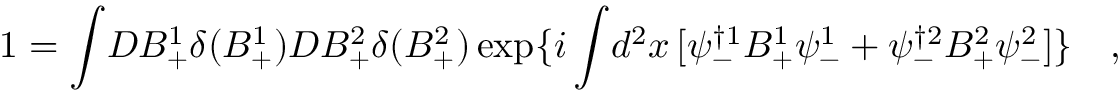
1 = \int \! D B _ { + } ^ { 1 } \delta ( B _ { + } ^ { 1 } ) D B _ { + } ^ { 2 } \delta ( B _ { + } ^ { 2 } ) \exp \{ i \int \! d ^ { 2 } x \, [ \psi _ { - } ^ { \dagger 1 } B _ { + } ^ { 1 } \psi _ { - } ^ { 1 } + \psi _ { - } ^ { \dagger 2 } B _ { + } ^ { 2 } \psi _ { - } ^ { 2 } ] \} \quad ,